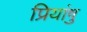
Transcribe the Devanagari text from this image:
प्रियांषु